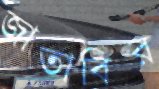
জাতাবির